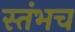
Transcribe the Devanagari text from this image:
स्तंभच